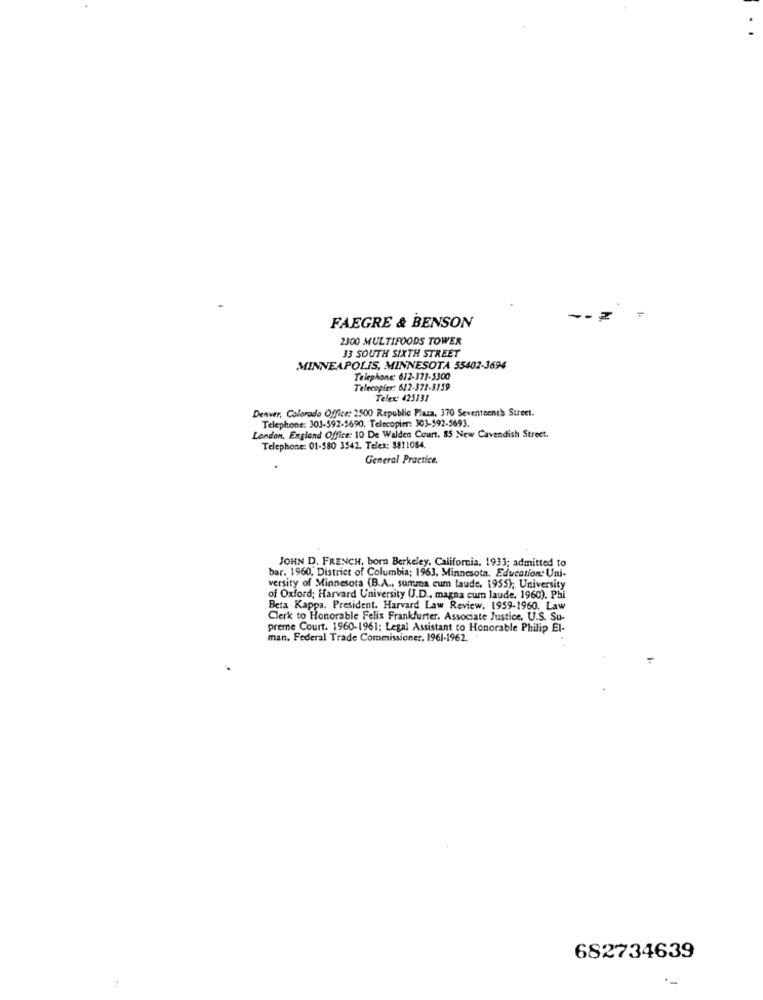
FAEGRE & BENSON
2300 MULTIFOODS TOWER
33 SOUTH SIXTH STREET
MINNEAPOLIS, MINNESOTA 55402-3694
Telephone: 612-371-3300
Telecopier: 612-371-3159
Telex: 425131
Denver, Colorado Office: 2500 Republic Plaza, 370 Seventeenth Street.
Telephone: 303-592-5690. Telecopier: 303-592-5693.
London, England Office: 10 De Walden Court. 85 New Cavendish Street.
Telephone: 01-580 3542. Telex: 3811084.
General Practice.
JOHN D. FRENCH, born Berkeley, California, 1933; admitted to
bar. 1960, District of Columbia; 1963, Minnesota, Education: Uni-
versity of Minnesota (B.A ., summa cum laude. 1955); University
of Oxford; Harvard University (J.D ., magna cum laude, 1960). Phi
Beta Kappa. President. Harvard Law Review, 1959-1960. Law
Clerk to Honorable Felix Frankfurter, Associate Justice, U.S. Su-
preme Court. 1960-1961; Legal Assistant to Honorable Philip El-
man. Federal Trade Commissioner, 1961-1962.
682734639